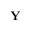
\mathbf { Y }